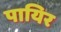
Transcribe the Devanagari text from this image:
पायिर